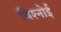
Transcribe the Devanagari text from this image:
विश्‍नोई